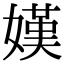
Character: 嫨